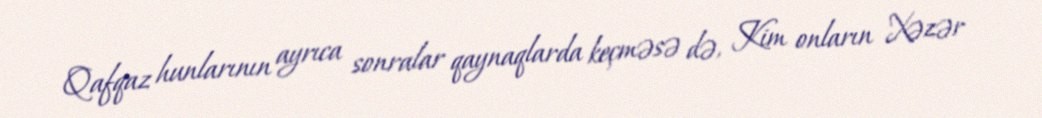
Qafqaz hunlarının ayrıca sonralar qaynaqlarda keçməsə də, Kim onların Xəzər